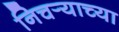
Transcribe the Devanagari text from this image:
निचर्‍याच्या